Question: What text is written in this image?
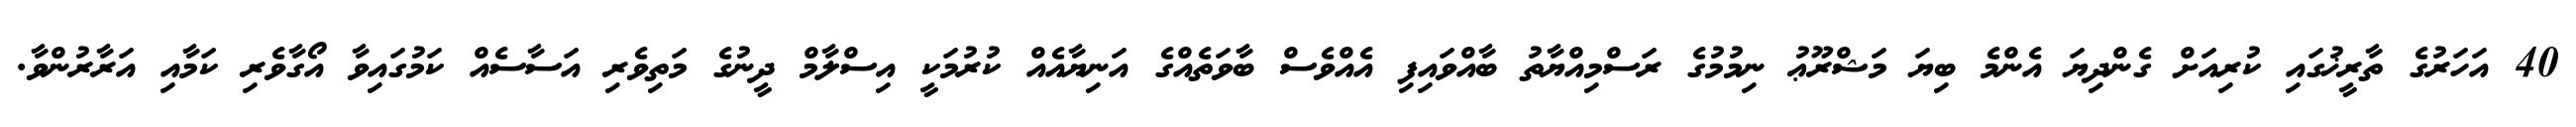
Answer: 40 އަހަރުގެ ތާރީޚުގައި ކުރިއަށް ގެންދިޔަ އެންމެ ބިޔަ މަޝްރޫޢު ނިމުމުގެ ރަސްމިއްޔާތު ބާއްވައިފި އެއްވެސް ބާވަތެއްގެ އަނިޔާއެއް ކުރުމަކީ އިސްލާމް ދީނުގެ މަތިވެރި އަސާސެއް ކަމުގައިވާ އޯގާވެރި ކަމާއި އަރާރުންވާ.